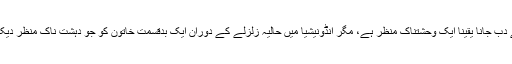
ہنستے بستے انسانون کا اپنے ہی گھروں کے ملبے تلے دب جانا یقیناً ایک وحشتناک منظر ہے، مگر انڈونیشیا میں حالیہ زلزلے کے دوران ایک بدقسمت خاتون کو جو دہشت ناک منظر دیکھنا پڑا ہے اُسے تو قیامت کا منظر ہی کہا جا سکتا ہے۔